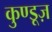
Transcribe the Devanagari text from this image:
कुण्डूज़